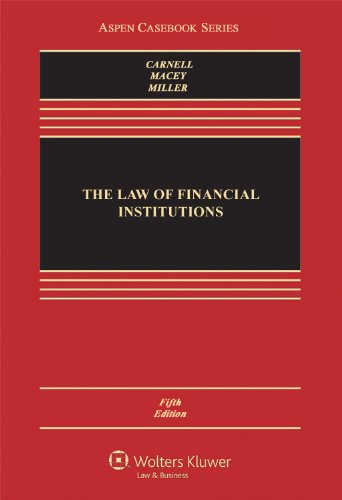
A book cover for The Law of Financial Institutions, Fifth Edition (Aspen Casebook); Richard Scott Carnell; Law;